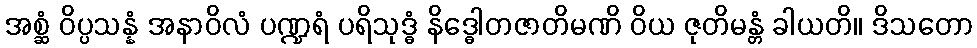
အစ္ဆံ ဝိပ္ပသန္နံ အနာဝိလံ ပဏ္ဍရံ ပရိသုဒ္ဓံ နိဒ္ဓေါတဇာတိမဏိ ဝိယ ဇုတိမန္တံ ခါယတိ။ ဒိသတော